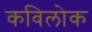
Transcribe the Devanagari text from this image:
कविलोक